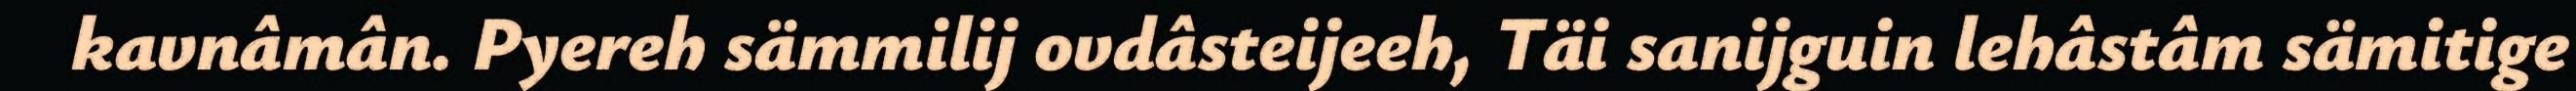
kavnâmân. Pyereh sämmilij ovdâsteijeeh, Täi sanijguin lehâstâm sämitige